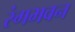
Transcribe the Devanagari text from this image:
रंगभवन